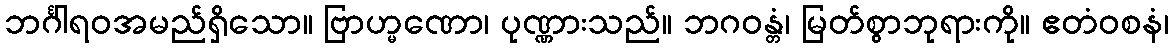
ဘင်္ဂါရဝအမည်ရှိသော။ ဗြာဟ္မဏော၊ ပုဏ္ဏားသည်။ ဘဂဝန္တံ၊ မြတ်စွာဘုရားကို။ ဧတံဝစနံ၊